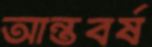
আন্তবর্ষ